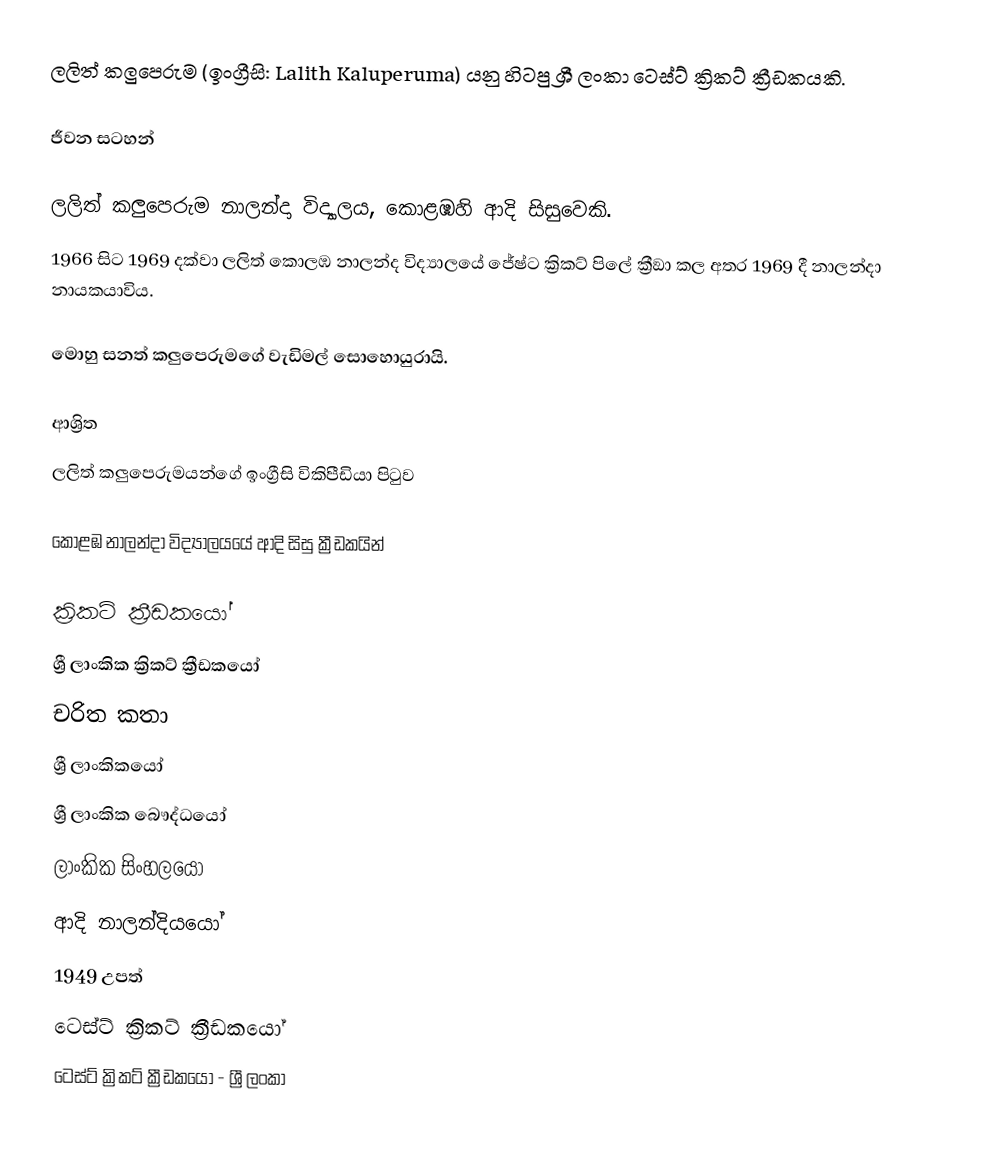
ලලිත් කලුපෙරුම (ඉංග්‍රීසි: Lalith Kaluperuma) යනු හිටපු ශ්‍රී ලංකා ටෙස්ට් ක්‍රිකට් ක්‍රීඩකයකි.

ජීවන සටහන්

ලලිත් කලුපෙරුම  නාලන්දා විද්‍යාලය, කොළඹහි ආදි සිසුවෙකි.
1966 සිට 1969 දක්වා ලලිත් කොලඹ නාලන්ද  විද්‍යාලයේ  ජේෂ්ට ක්‍රිකට් පිලේ ක්‍රීඞා කල අතර 1969 දී නාලන්දා නායකයාවිය.

මොහු සනත් කලුපෙරුමගේ වැඩිමල් සොහොයුරායි.

ආශ්‍රිත
ලලිත් කලුපෙරුමයන්ගේ ඉංග්‍රීසි විකිපීඩියා පිටුව

කොළඹ නාලන්දා විද්‍යාලයයේ ආදි සිසු ක්‍රීඩකයින්

ක්‍රිකට් ක්‍රීඩකයෝ
ශ්‍රී ලාංකික ක්‍රිකට් ක්‍රීඩකයෝ
චරිත කතා
ශ්‍රී ලාංකිකයෝ
ශ්‍රී ලාංකික බෞද්ධයෝ
ලාංකික සිංහලයෝ
ආදි නාලන්දියයෝ
1949 උපත්
ටෙස්ට් ක්‍රිකට් ක්‍රීඩකයෝ
ටෙස්ට් ක්‍රිකට් ක්‍රීඩකයෝ - ශ්‍රී ලංකා